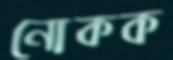
নোকক